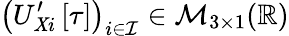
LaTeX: \left(U_{\mathit{X}i}^{\prime}\left[\tau\right]\right)_{i\in\mathcal{{I}}}\in\mathcal{{M}}_{3\times1}(\mathbb{{R}})